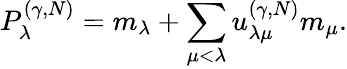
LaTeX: P_{\lambda}^{(\gamma,N)}=m_{\lambda}+\sum_{\mu<\lambda}u_{\lambda\mu}^{(\gamma,N)}m_{\mu}.